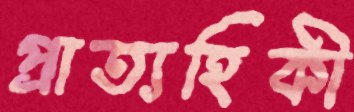
প্রাত্যহিকী